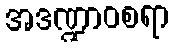
အဒဏ္ဍာဝစရာ